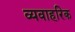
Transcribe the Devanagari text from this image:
व्यवाहरिक